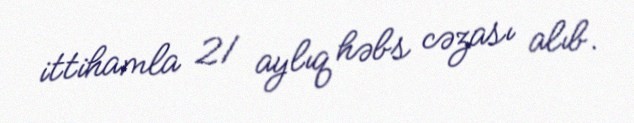
ittihamla 21 aylıq həbs cəzası alıb.